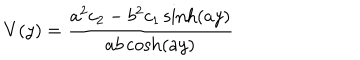
LaTeX: V ( y ) = { \frac { a ^ { 2 } c _ { 2 } - b ^ { 2 } c _ { 1 } \sinh ( a y ) } { a b \cosh ( a y ) } }